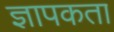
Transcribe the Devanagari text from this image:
ज्ञापकता